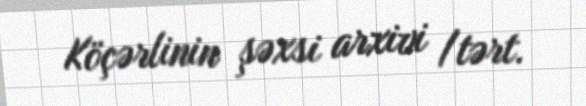
Köçərlinin şəxsi arxivi /tərt.